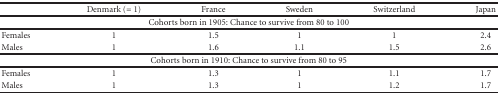
<table><thead><tr><td></td><td><b>Denmark (= 1)</b></td><td><b>France</b></td><td><b>Sweden</b></td><td><b>Switzerland</b></td><td><b>Japan</b></td></tr></thead><tbody><tr><td colspan="6">Cohorts born in 1905: Chance to survive from 80 to 100</td></tr><tr><td>Females</td><td>1</td><td>1.5</td><td>1</td><td>1</td><td>2.4</td></tr><tr><td>Males</td><td>1</td><td>1.6</td><td>1.1</td><td>1.5</td><td>2.6</td></tr><tr><td colspan="6">Cohorts born in 1910: Chance to survive from 80 to 95</td></tr><tr><td>Females</td><td>1</td><td>1.3</td><td>1</td><td>1.1</td><td>1.7</td></tr><tr><td>Males</td><td>1</td><td>1.3</td><td>1</td><td>1.2</td><td>1.7</td></tr></tbody></table>